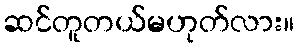
ဆင်တူတယ်မဟုတ်လား။